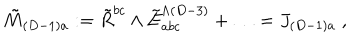
\tilde { M } _ { ( D - 1 ) a } : = \tilde { R } ^ { b c } \wedge \tilde { E } _ { a b c } ^ { \wedge ( D - 3 ) } + \ldots = J _ { ( D - 1 ) a } \; ,